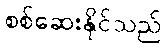
စစ်ဆေးနိုင်သည်